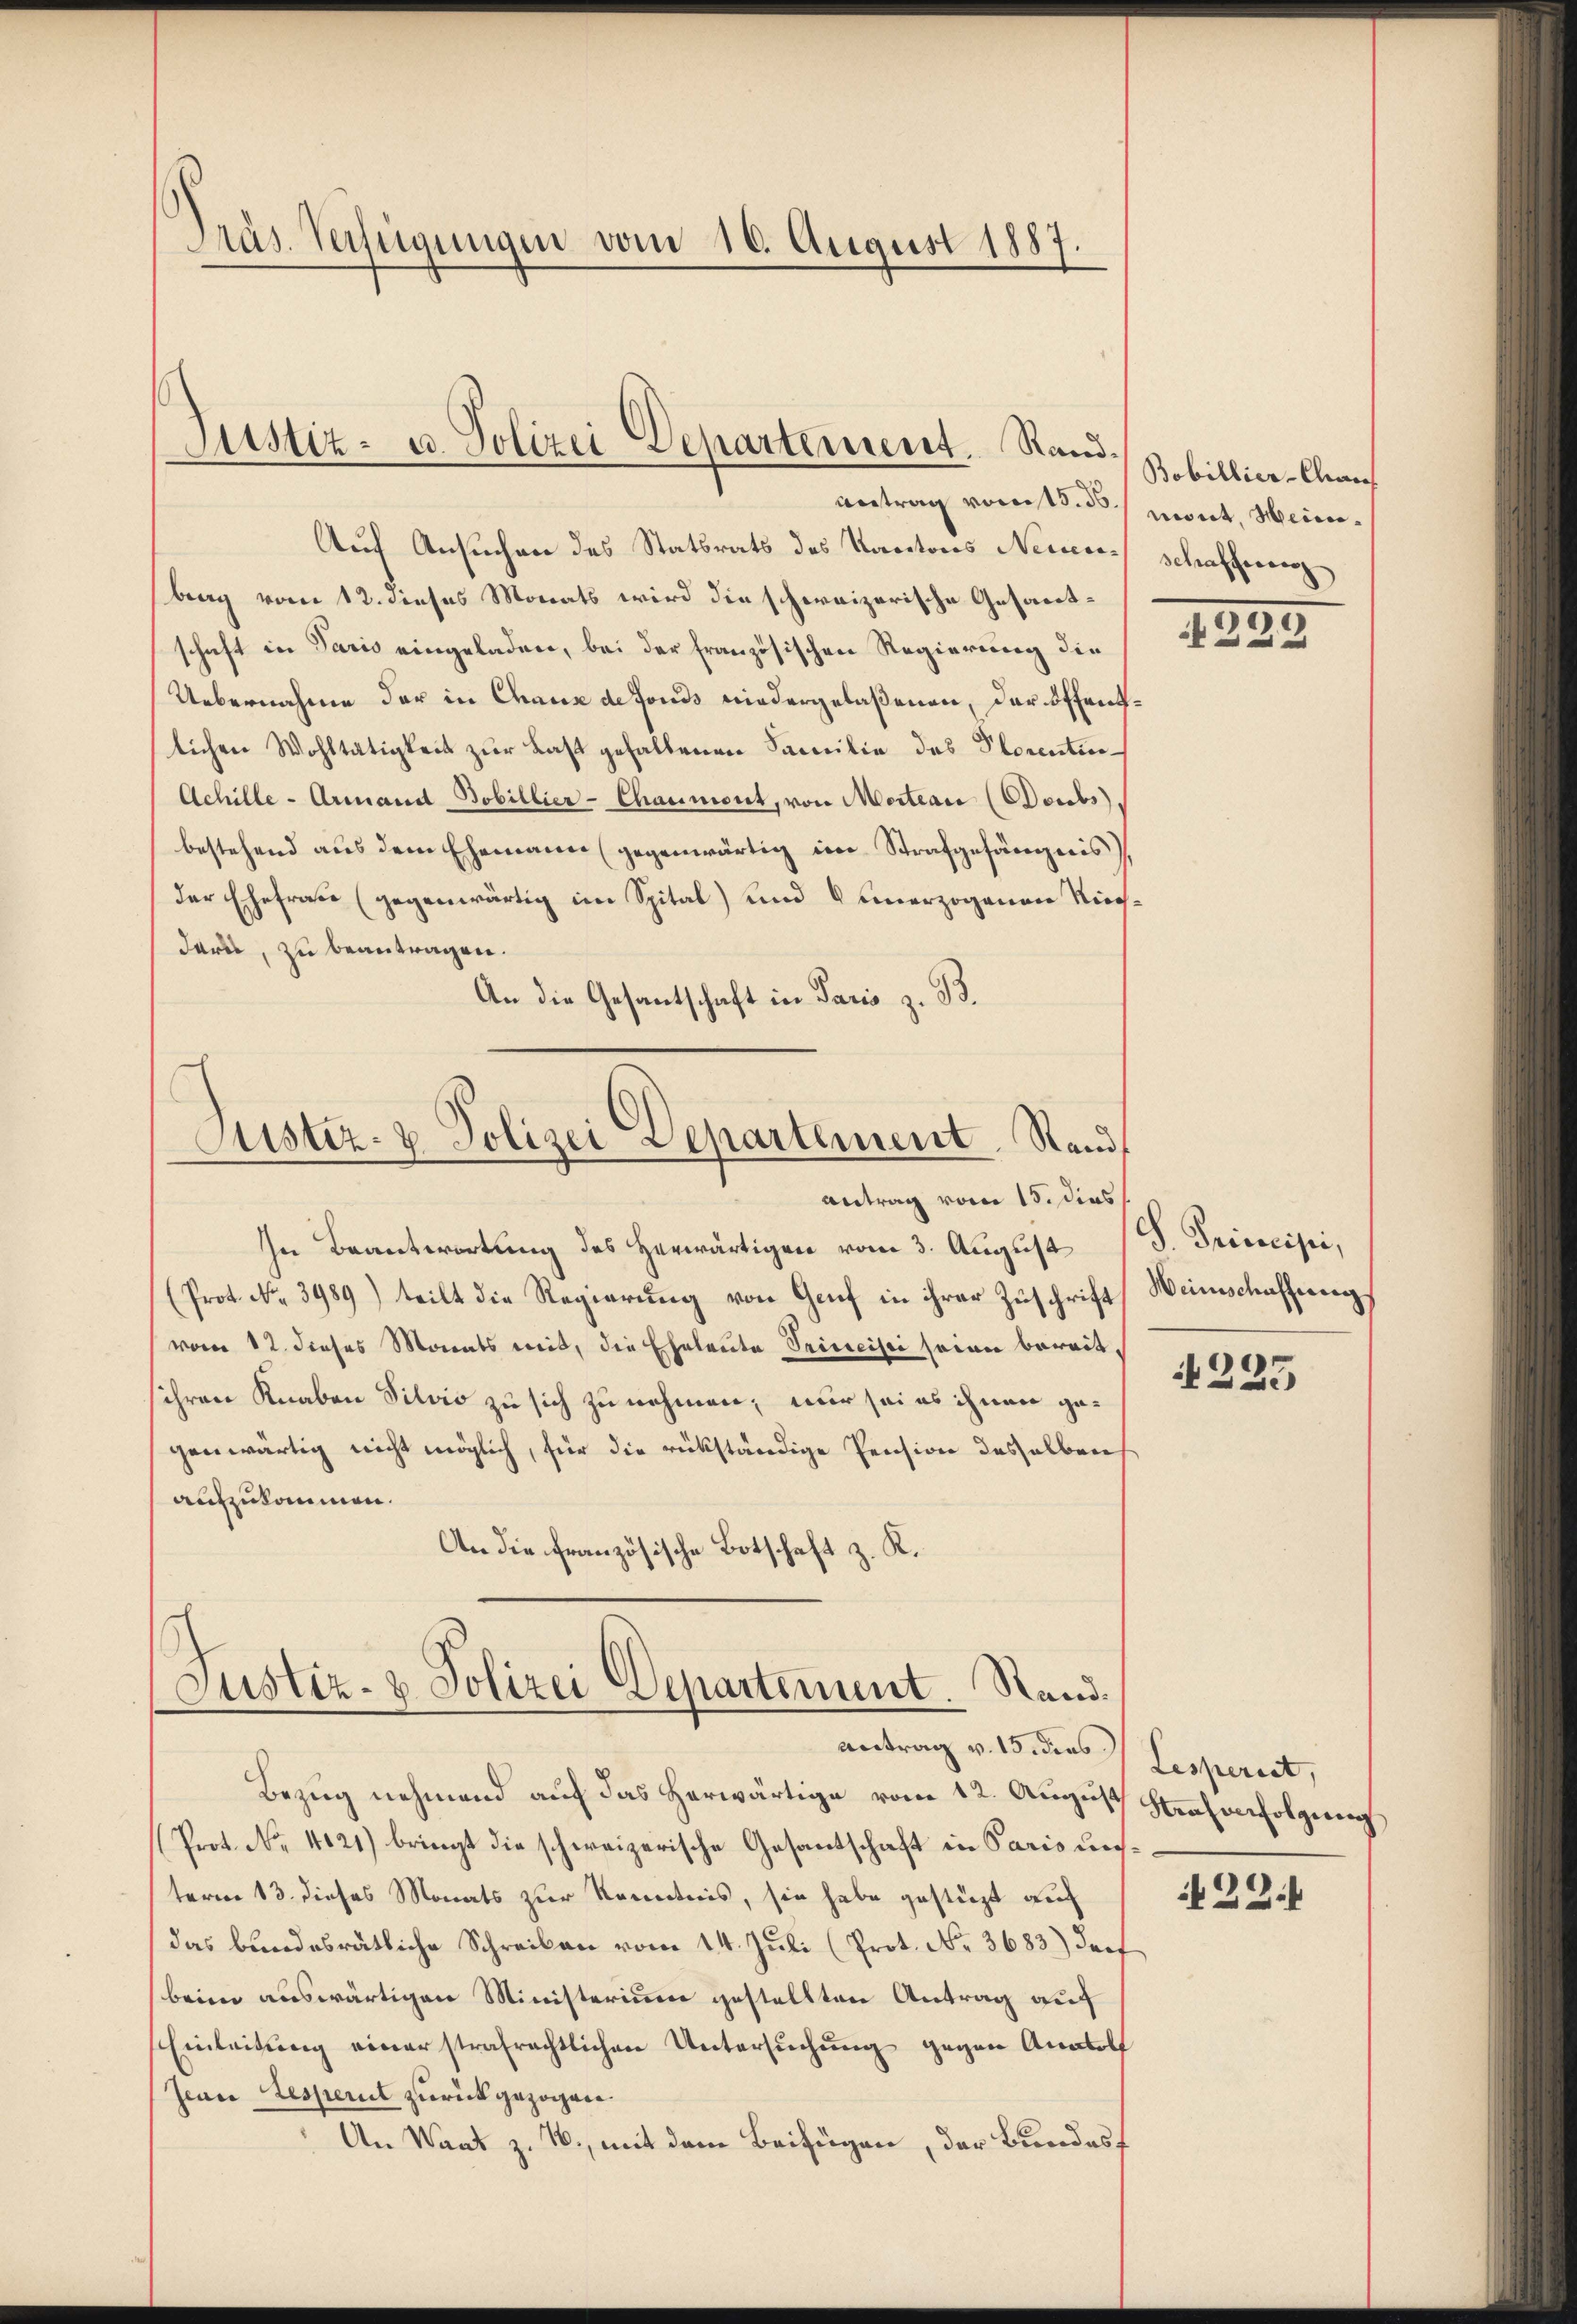
Präs. Verfügungen vom 10. August 1887.

Justiz- u. Polizei Departement. Rand Zobillier-Can

Antrag vom 15. ds. mont, Hein¬
Auf Ansuchen des Statsrats des Kantons Neuenbrag vom 12. dieses Monats wird die schweizerische Gesamt-
schaft in Paris eingeladen, bei der französischen Regierung die
Uebernahme der in Chaux de fonds niedergelaßenen, der öffentlichen Wohltätigkeit zur Last gehaltenen Familie des Plorentin¬
Achille - Armand Bobillier-Charmont, von Morteau (Poubs
bestehend aus dem Ehemann (gegenwärtig im Strafgefängnis
der Ehefraue (gegenwärtig im Spital) und 6 einerzogenen Niedards, zu beantragen.
An die Gesantschaft in Paris z. B.

Justiz- & Polizei Departement. Stand,
Antrag vom 15. dies

In Beantwortung des Herwärtigen vom 3. August
(Prot. No. 3989) teilt die Regierŭng von Genf in ihrer Zuschrift Weinschaffung
vom 12. dieses Monats mit, die Eheleute Princisci seine bereitsihren Knaben Silvis zu sich zu nehmen; nur sei es ihnen gegenwärtig nicht möglich, für die rükständige Pension desselben
aufzukommen.
An die französische Botschaft z. K.

Justiz- & Polizei Departement. Rand.

Bezug nehmend auf das herwärtige vom 12. August Strafenfolgung
Prot. No. 4121) bringt die schweizerische Gesantschaft in Paris unsterm 13. dieses Monats zur Kenntnis, sie habe gestüzt auf
das bundesrätliche Schreiben vom 14. Juli (Prot. No. 3683) darf
beim auswärtigen Ministerium gestellten Antrag auf
Einleitŭng einer strafrechtlichen Untersŭchŭng gegen Anatolf
Jean Resperit zurückgezogen.
An Waat z. T., mit dem Beifügen, der Bundesf

schaffenen

antrag v. 15. dies Lesperiet,

1885

S. Trincipi,

225

i 22